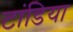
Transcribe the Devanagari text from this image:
टांडिया